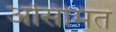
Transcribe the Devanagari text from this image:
असिमित